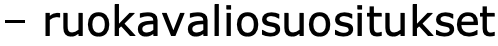
– ruokavaliosuositukset